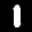
Label: 1